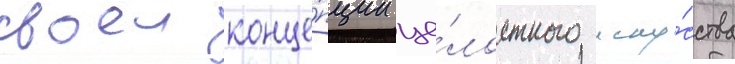
своеи конце́пции це́лостного иску́сства